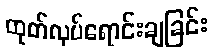
ထုတ်လုပ်ရောင်းချခြင်း